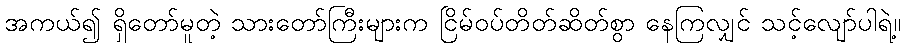
အကယ်၍ ရှိတော်မူတဲ့ သားတော်ကြီးများက ငြိမ်ဝပ်တိတ်ဆိတ်စွာ နေကြလျှင် သင့်လျော်ပါရဲ့။